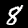
Digit: 8